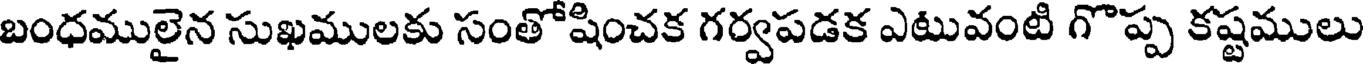
బంధములైన సుఖములకు సంతోషించక గర్వపడక ఎటువంటి గొప్ప కష్టములు